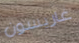
غاريسون